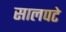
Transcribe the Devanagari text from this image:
सालपटे